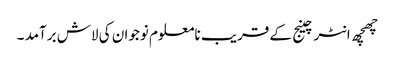
چھچھ انٹرچینج کے قریب نامعلوم نوجوان کی لاش برآمد ۔